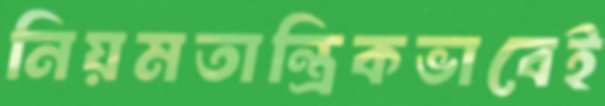
নিয়মতান্ত্রিকভাবেই